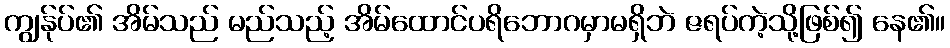
ကျွန်ုပ်၏ အိမ်သည် မည်သည့် အိမ်ထောင်ပရိဘောဂမှာမရှိဘဲ ဇရပ်ကဲ့သို့ဖြစ်၍ နေ၏။